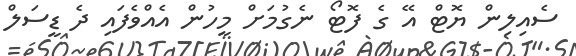
ސެއިލިން ޔޮޓް އޭ ގެ ފޮޓޯ ނެގުމަށް މީހުން އެއްވެފައި ދެ ޑީސަލް